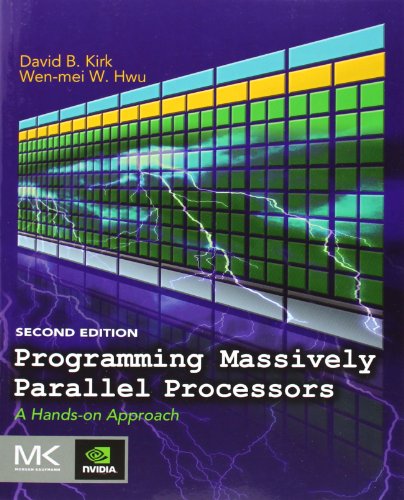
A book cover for Programming Massively Parallel Processors, Second Edition: A Hands-on Approach; David B. Kirk; Computers & Technology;